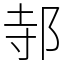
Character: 邿